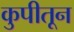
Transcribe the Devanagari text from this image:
कुपीतून